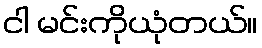
ငါ မင်းကိုယုံတယ်။